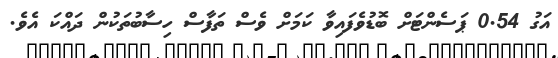
އަގު 0.54 ޕަސެންޓަށް ބޮޑުވެފައިވާ ކަމަށް ވެސް ތަފާސް ހިސާބުތަކުން ދައްކަ އެވެ.